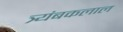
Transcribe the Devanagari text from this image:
त्र्यंबकलाल